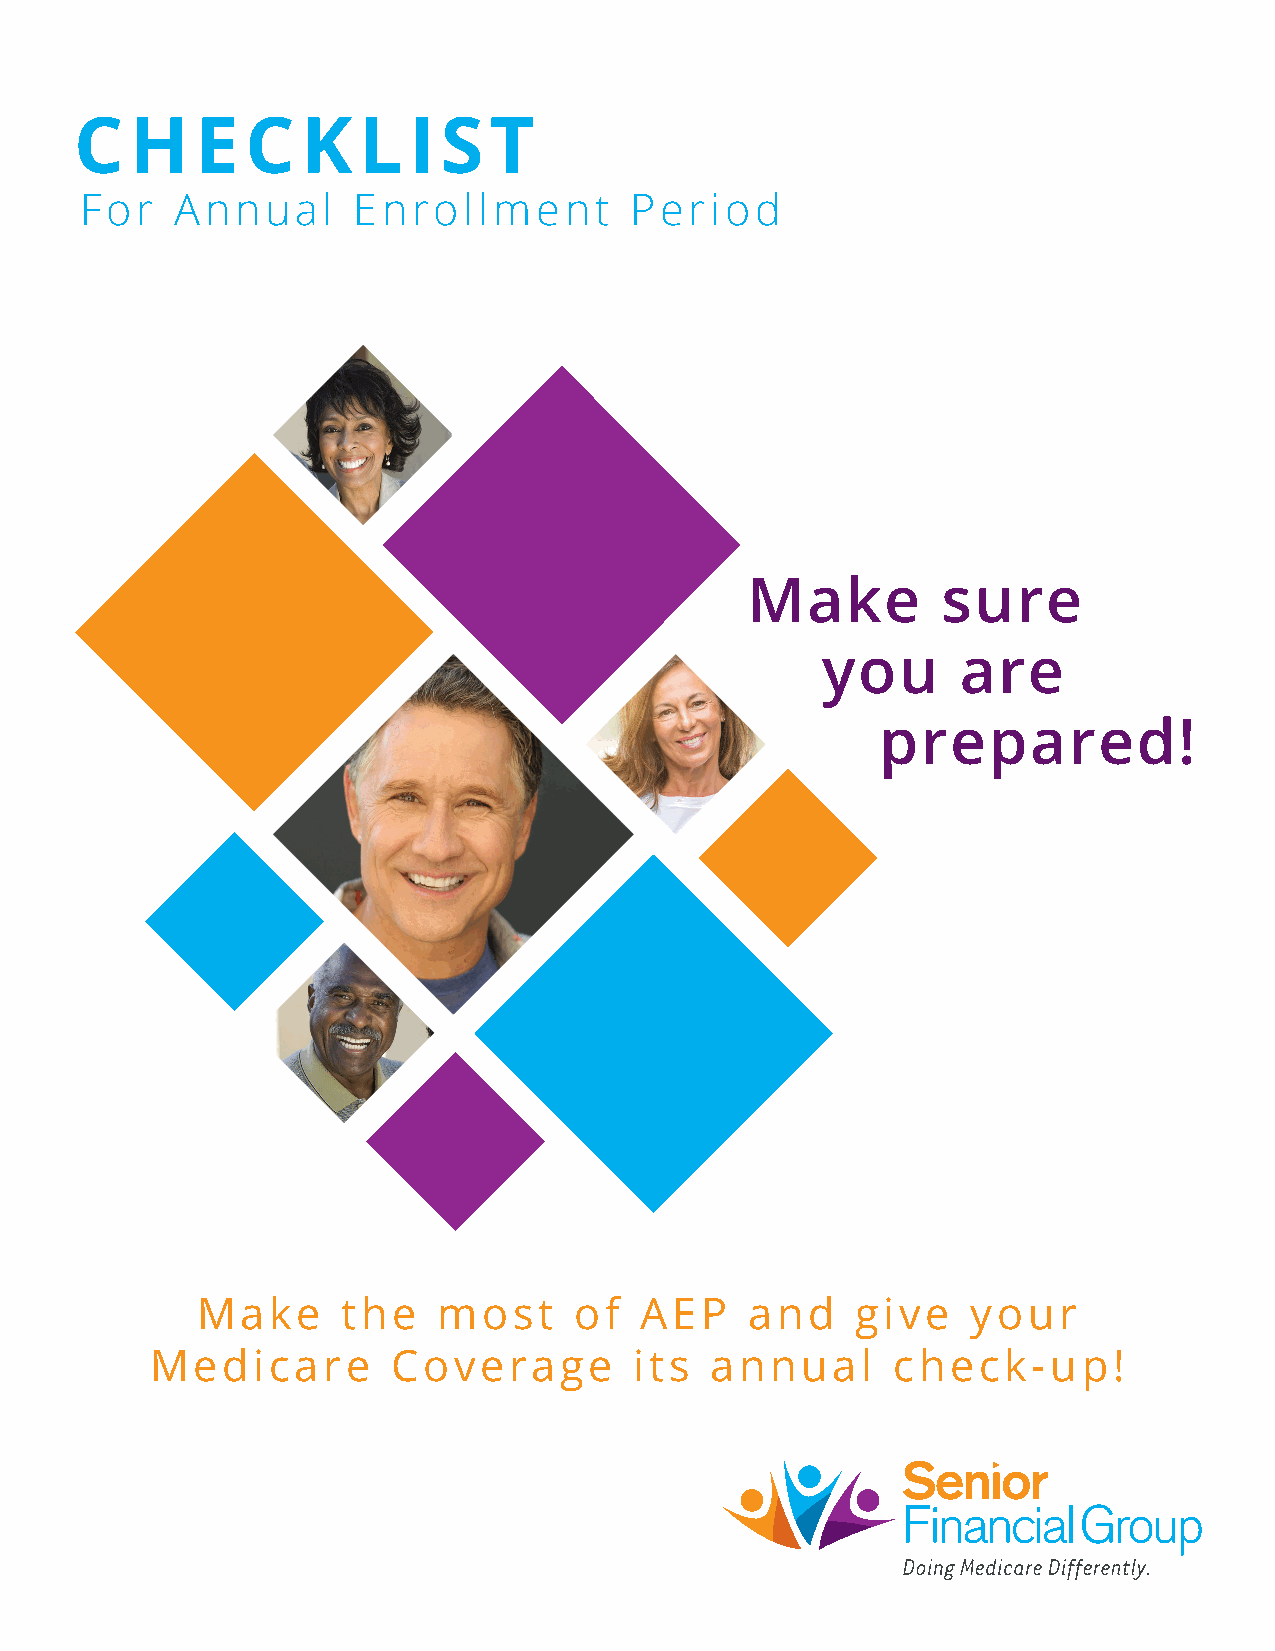
CHECKLIST
 For    Annual     Enrollment         Period
 Make         sure
 you       are
 prepared!
 Make      the   most     of  AEP     and    give   your
 Medicare        Coverage        its  annual      check-up!